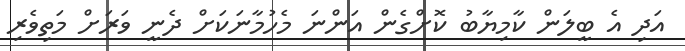
އަދި އެ ބީލަން ކާމިޔާބު ކޮށްގެން އަންނަ މެހުމާނަކަށް ދެނީ ވަރަށް މަތިވެރި